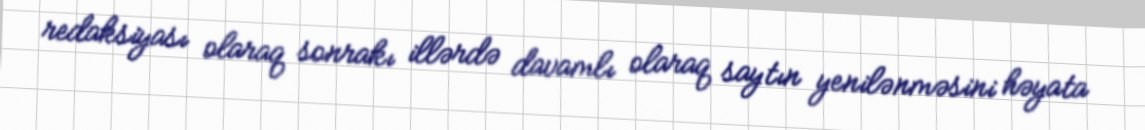
redaksiyası olaraq sonrakı illərdə davamlı olaraq saytın yenilənməsini həyata